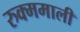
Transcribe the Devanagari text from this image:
रुक्ममाली